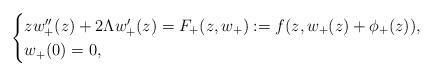
LaTeX: \begin{align*}\begin{cases}zw_+''(z)+2\Lambda w_+'(z)=F_+(z,w_+):=f(z,w_+(z)+\phi_+(z)), \\w_+(0)=0,\end{cases}\end{align*}